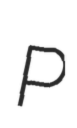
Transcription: P